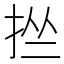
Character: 𢬕